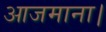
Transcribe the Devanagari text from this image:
आजमाना।